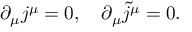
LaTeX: \partial _ { \mu } j ^ { \mu } = 0 , \quad \partial _ { \mu } \widetilde { j } ^ { \mu } = 0 .